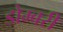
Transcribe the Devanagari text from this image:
डोम्‍बरी